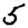
Digit: 5